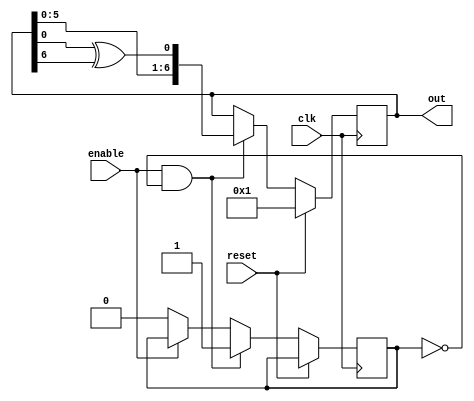
//-------
// LFSR with primitive polynomial 1 + X[3] + X[7], with X defined as X[7:1]
// shift in direction of x[1] to x[7]
//-----

module LFSR_7 (clk,reset,out,enable);

	input clk,reset,enable;
	output [7:1] out;

	parameter INITX = 7'b1;

	reg [7:1] x;
	reg wasEnable;
	initial x=INITX;
	initial wasEnable=1'b0;
	
	


	always @ (posedge clk)
		if(reset)
			x[7:1]=INITX;
		else if(enable & ~wasEnable)
			begin
			wasEnable<=1'b1;
			x[7:1] <= {x[6:1], x[1]^x[7]};
			end
		else if(~enable)
			wasEnable<=1'b0;
	
	assign out = x;
	
endmodule